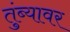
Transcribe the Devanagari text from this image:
तुंब्यावर